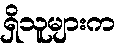
ရှိသူများက